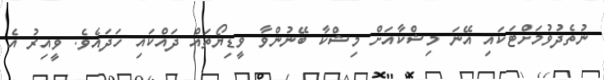
ނުތެދުވުމަށްޓަކައި އޭނަ މިޝްކާއަށް މިޝްކާ ބޭނުންވާ ވީޑިޔޯތައް ދައްކައި ހަދައެވެ. ވީއިރު އެ